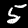
Label: 5